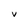
Character: V